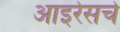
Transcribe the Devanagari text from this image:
आइरेसचे